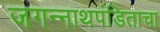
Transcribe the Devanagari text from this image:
जगन्‍नाथपंडिताचा